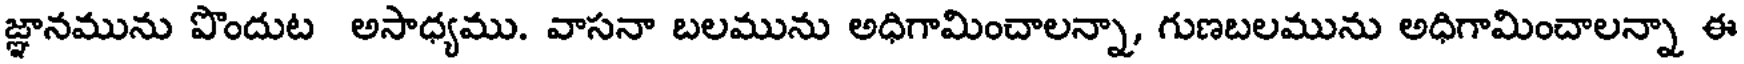
జ్ఞానమును పొందుట అసాధ్యము. వాసనా బలమును అధిగామించాలన్నా, గుణబలమును అధిగామించాలన్నా ఈ